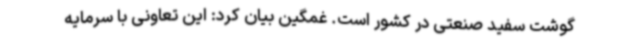
گوشت سفید صنعتی در کشور است. غمگین بیان کرد: این تعاونی با سرمایه